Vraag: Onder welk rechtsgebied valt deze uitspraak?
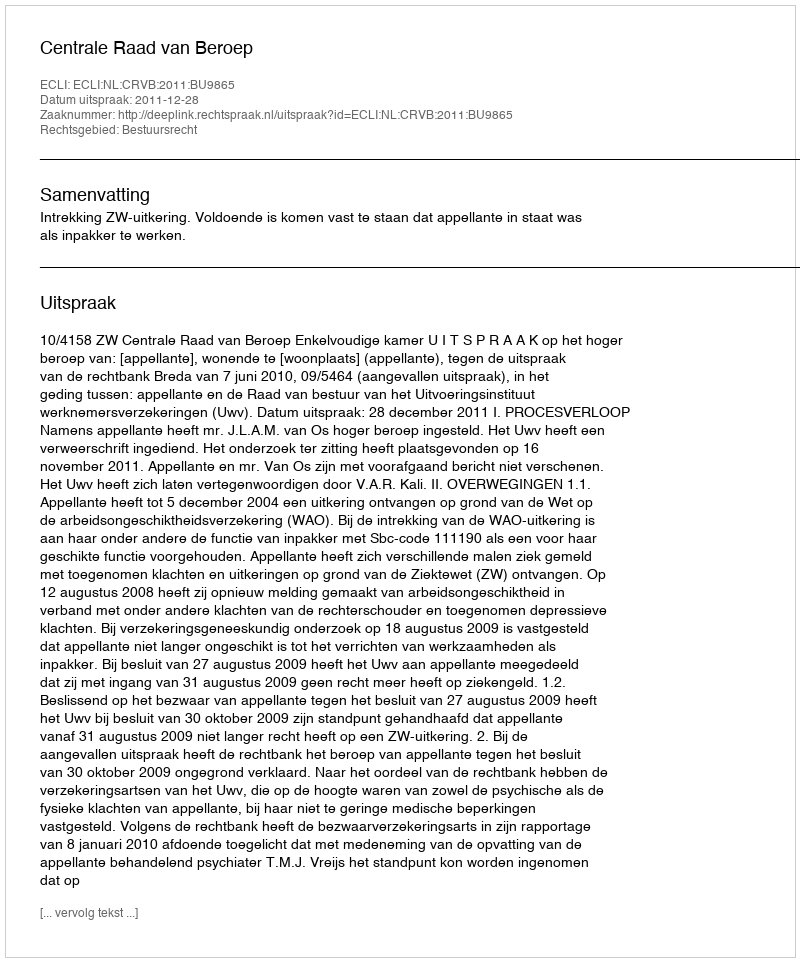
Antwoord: Bestuursrecht